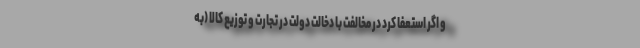
و اگر استعفا کرد در مخالفت با دخالت دولت در تجارت و توزیع کالا (به